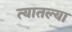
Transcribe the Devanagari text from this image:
त्‍यातल्‍या